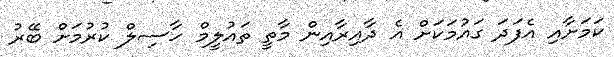
ކަމަށާއި އެފަދަ ގައުމަކަށް އެ ދާއިރާއިން މާތީ ތައުލީމް ހާސިލް ކުރުމަށް ބޭރު